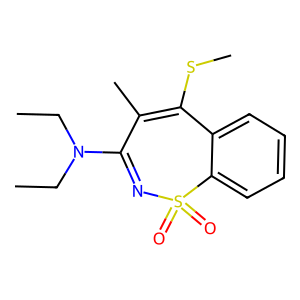
SMILES: CCN(CC)C1=NS(=O)(=O)c2ccccc2C(SC)=C1C
Inhibits HIV replication: No